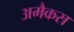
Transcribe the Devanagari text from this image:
अमैकस